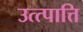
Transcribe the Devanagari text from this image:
उत्त्पात्ति